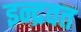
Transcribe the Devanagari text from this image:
इन्द्रवत